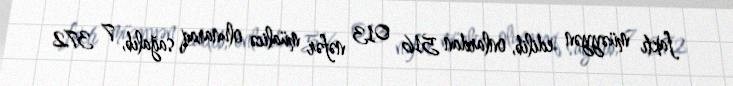
faktı müəyyən edilib, onlardan 516 013 nəfər müalicə olunaraq sağalıb, 7 372